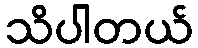
သိပါတယ်